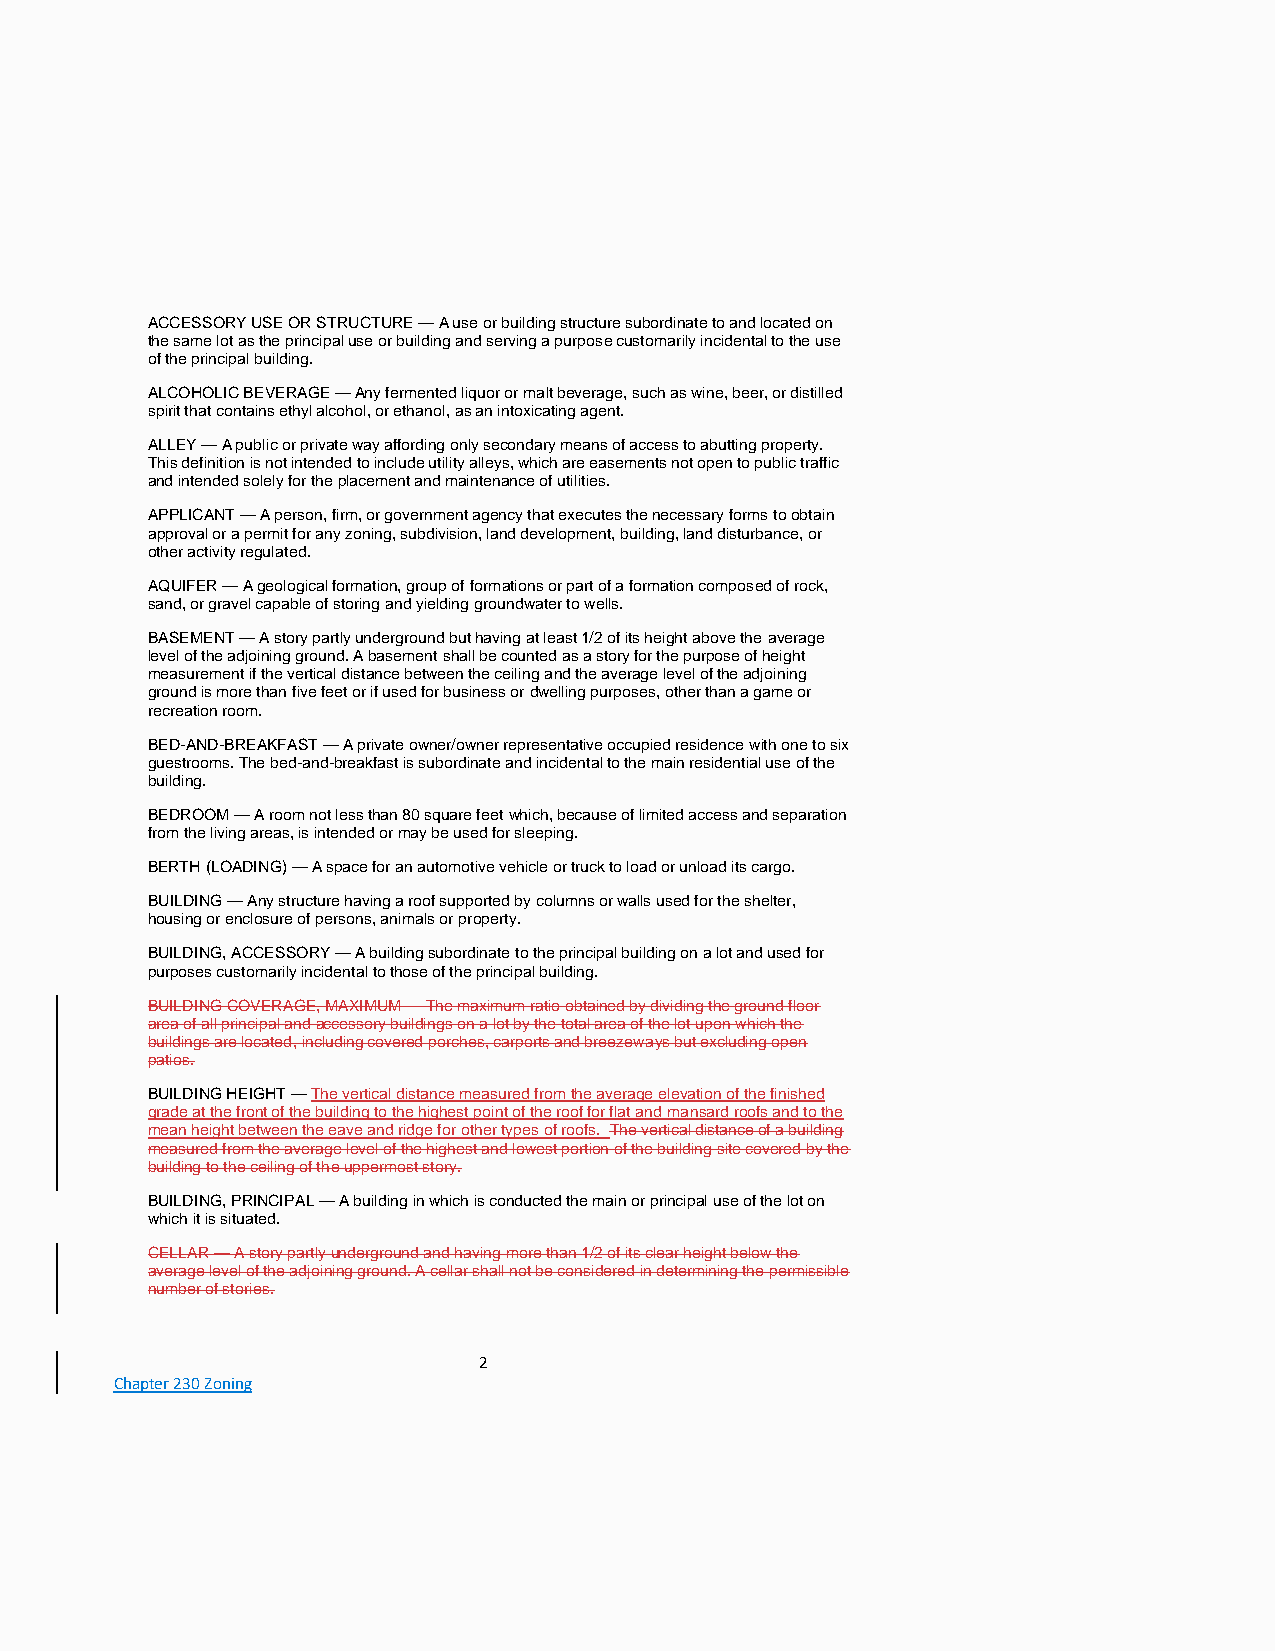
ACCESSORY USE OR STRUCTURE — A use or building structure subordinate to and located on
 the same lot as the principal use or building and serving a purpose customarily incidental to the use
 of the principal building.
 ALCOHOLIC BEVERAGE — Any fermented liquor or malt beverage, such as wine, beer, or distilled
 spirit that contains ethyl alcohol, or ethanol, as an intoxicating agent.
 ALLEY — A public or private way affording only secondary means of access to abutting property.
 This definition is not intended to include utility alleys, which are easements not open to public traffic
 and intended solely for the placement and maintenance of utilities.
 APPLICANT — A person, firm, or government agency that executes the necessary forms to obtain
 approval or a permit for any zoning, subdivision, land development, building, land disturbance, or
 other activity regulated.
 AQUIFER — A geological formation, group of formations or part of a formation composed of rock,
 sand, or gravel capable of storing and yielding groundwater to wells.
 BASEMENT — A story partly underground but having at least 1/2 of its height above the average
 level of the adjoining ground. A basement shall be counted as a story for the purpose of height
 measurement if the vertical distance between the ceiling and the average level of the adjoining
 ground is more than five feet or if used for business or dwelling purposes, other than a game or
 recreation room.
 BED-AND-BREAKFAST — A private owner/owner representative occupied residence with one to six
 guestrooms. The bed-and-breakfast is subordinate and incidental to the main residential use of the
 building.
 BEDROOM — A room not less than 80 square feet which, because of limited access and separation
 from the living areas, is intended or may be used for sleeping.
 BERTH (LOADING) — A space for an automotive vehicle or truck to load or unload its cargo.
 BUILDING — Any structure having a roof supported by columns or walls used for the shelter,
 housing or enclosure of persons, animals or property.
 BUILDING, ACCESSORY — A building subordinate to the principal building on a lot and used for
 purposes customarily incidental to those of the principal building.
 BUILDING COVERAGE, MAXIMUM — The maximum ratio obtained by dividing the ground floor
 area of all principal and accessory buildings on a lot by the total area of the lot upon which the
 buildings are located, including covered porches, carports and breezeways but excluding open
 patios.
 BUILDING HEIGHT — The vertical distance measured from the average elevation of the finished
 grade at the front of the building to the highest point of the roof for flat and mansard roofs and to the
 mean height between the eave and ridge for other types of roofs. The vertical distance of a building
 measured from the average level of the highest and lowest portion of the building site covered by the
 building to the ceiling of the uppermost story.
 BUILDING, PRINCIPAL — A building in which is conducted the main or principal use of the lot on
 which it is situated.
 CELLAR — A story partly underground and having more than 1/2 of its clear height below the
 average level of the adjoining ground. A cellar shall not be considered in determining the permissible
 number of stories.
 2
 Chapter 230 Zoning